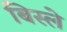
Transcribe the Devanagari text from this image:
बिस्ले